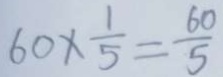
6 0 \times \frac { 1 } { 5 } = \frac { 6 0 } { 5 }